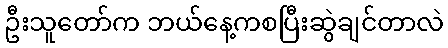
ဦးသူတော်က ဘယ်နေ့ကစပြီးဆွဲချင်တာလဲ